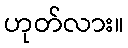
ဟုတ်လား။